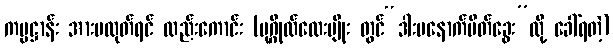
ကမ္မဋ္ဌာန်း အားမထုတ်ရင် လည်းကောင်း (ပုဂ္ဂိုလ်လေးမျိုး တွင်“ဒါးမနောက်ပိတ်ခွေး”လို့ ခေါ်ရတဲ့)